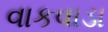
વાકવાડા